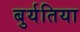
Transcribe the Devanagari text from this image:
बुर्यतिया